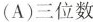
(A)三位数